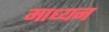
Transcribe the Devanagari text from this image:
माध्यन